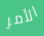
الأمر